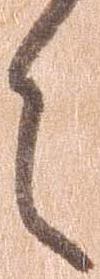
え